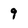
Character: 9